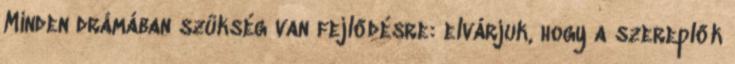
Minden drámában szükség van fejlődésre: elvárjuk, hogy a szereplők